画像に写った文字を読んでください
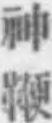
「神鞭」と書いてあります